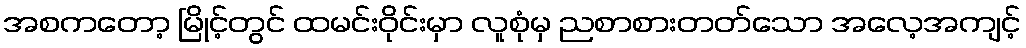
အစကတော့ မြိုင့်တွင် ထမင်းဝိုင်းမှာ လူစုံမှ ညစာစားတတ်သော အလေ့အကျင့်